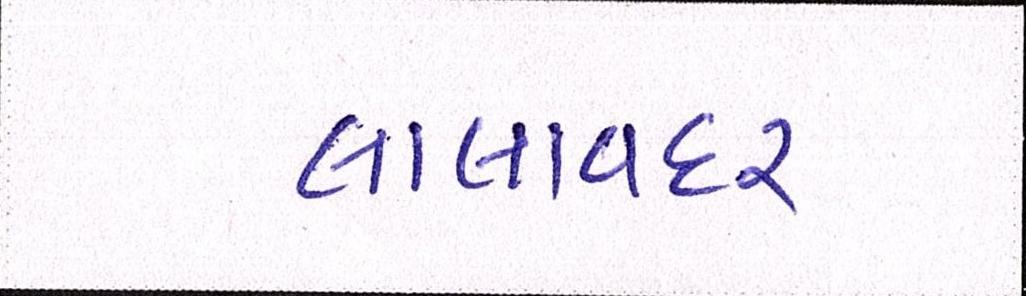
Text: લાલાવદર